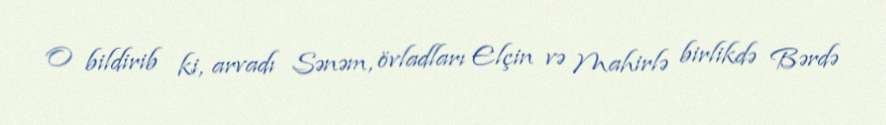
O bildirib ki, arvadı Sənəm, övladları Elçin və Mahirlə birlikdə Bərdə